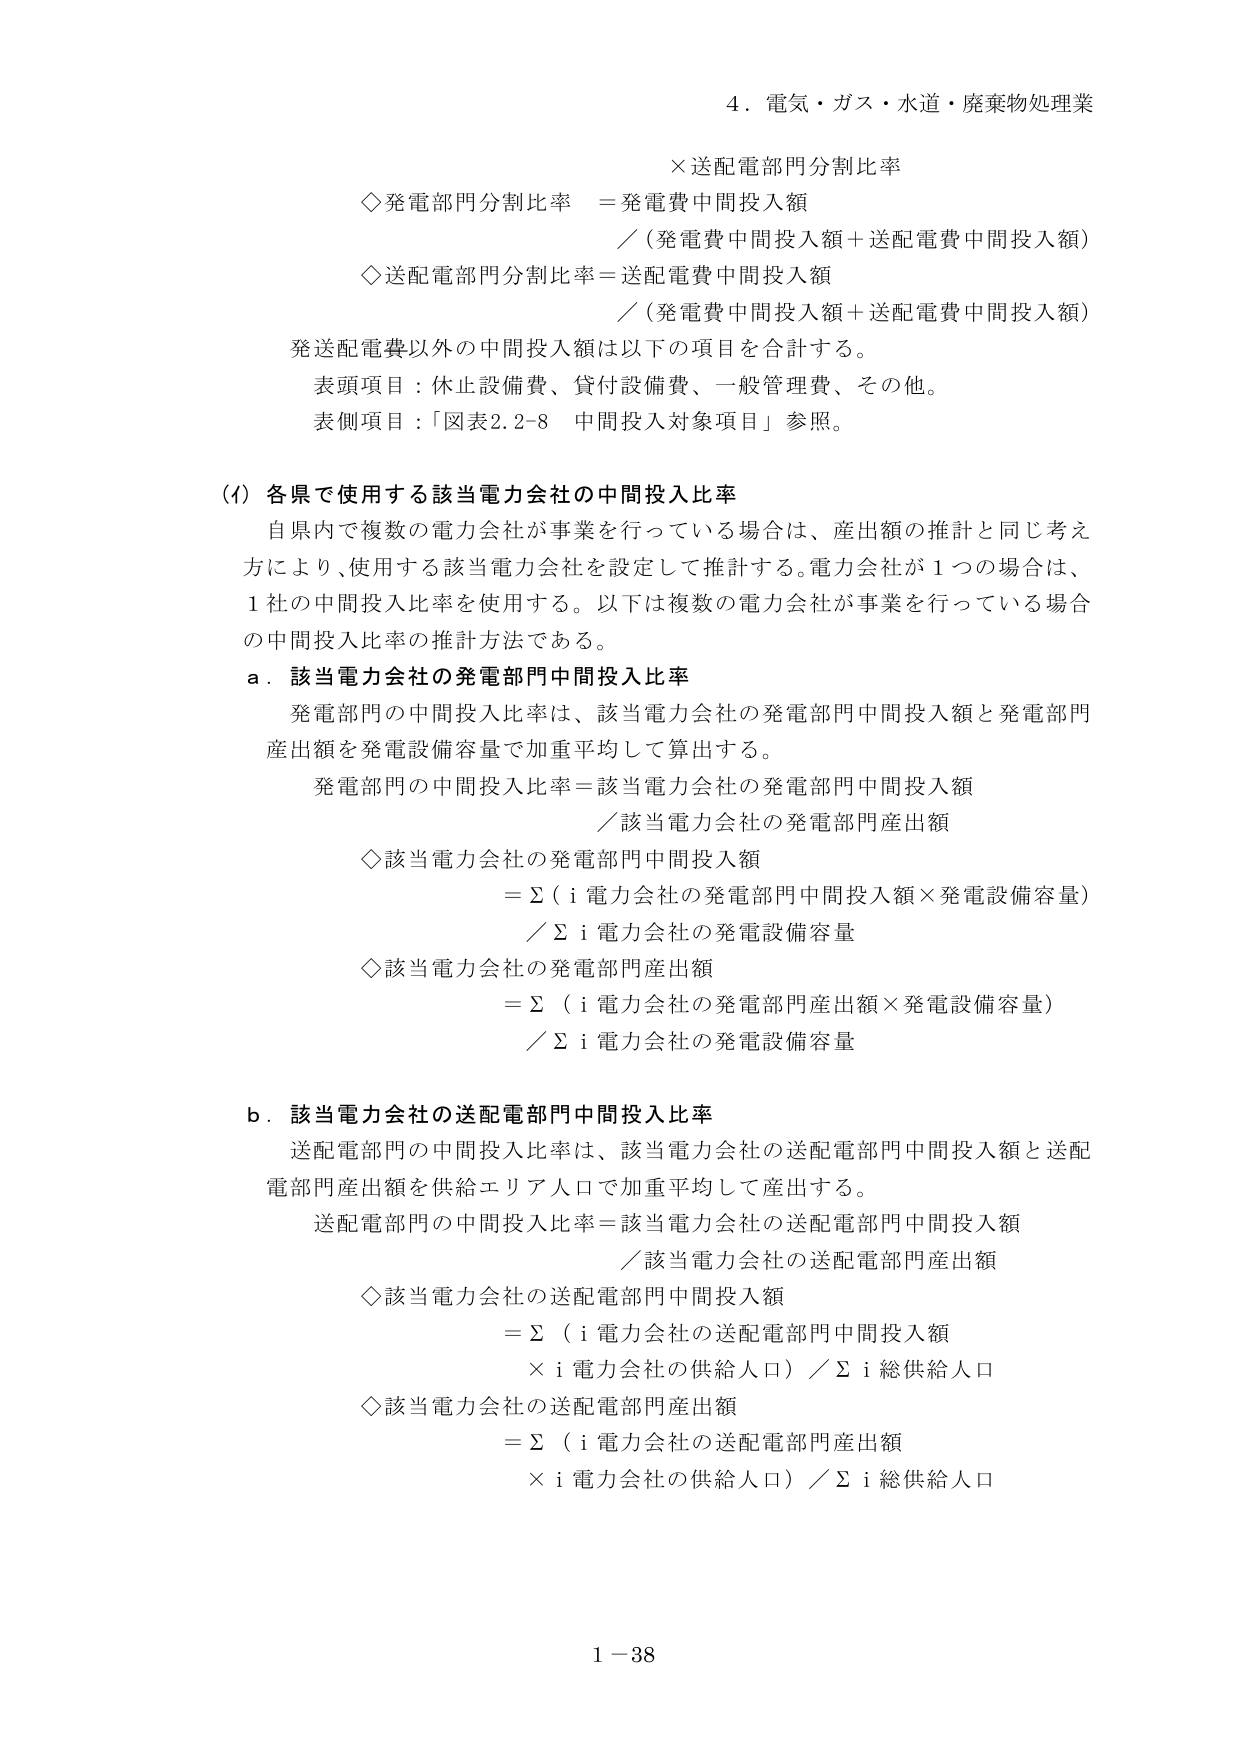
4．電気・ガス・水道・廃棄物処理業

×送配電部門分割比率

◇発電部門分割比率 ＝発電費中間投入額
／（発電費中間投入額＋送配電費中間投入額）

◇送配電部門分割比率＝送配電費中間投入額
／（発電費中間投入額＋送配電費中間投入額）

発送配電費以外の中間投入額は以下の項目を合計する。
表頭項目：休止設備費、貸付設備費、一般管理費、その他。
表側項目：「図表2.2-8 中間投入対象項目」参照。

(1) 各県で使用する該当電力会社の中間投入比率
自県内で複数の電力会社が事業を行っている場合は、産出額の推計と同じ考え方により、使用する該当電力会社を設定して推計する。電力会社が1つの場合は、1社の中間投入比率を使用する。以下は複数の電力会社が事業を行っている場合の中間投入比率の推計方法である。

a．該当電力会社の発電部門中間投入比率
発電部門の中間投入比率は、該当電力会社の発電部門中間投入額と発電部門産出額を発電設備容量で加重平均して算出する。
発電部門の中間投入比率＝該当電力会社の発電部門中間投入額
／該当電力会社の発電部門産出額

◇該当電力会社の発電部門中間投入額
＝Σ（i 電力会社の発電部門中間投入額×発電設備容量）
／Σ i 電力会社の発電設備容量

◇該当電力会社の発電部門産出額
＝Σ（i 電力会社の発電部門産出額×発電設備容量）
／Σ i 電力会社の発電設備容量

b．該当電力会社の送配電部門中間投入比率
送配電部門の中間投入比率は、該当電力会社の送配電部門中間投入額と送配電部門産出額を供給エリア人口で加重平均して産出する。
送配電部門の中間投入比率＝該当電力会社の送配電部門中間投入額
／該当電力会社の送配電部門産出額

◇該当電力会社の送配電部門中間投入額
＝Σ（i 電力会社の送配電部門中間投入額
× i 電力会社の供給人口）／Σ i 総供給人口

◇該当電力会社の送配電部門産出額
＝Σ（i 電力会社の送配電部門産出額
× i 電力会社の供給人口）／Σ i 総供給人口

1－38